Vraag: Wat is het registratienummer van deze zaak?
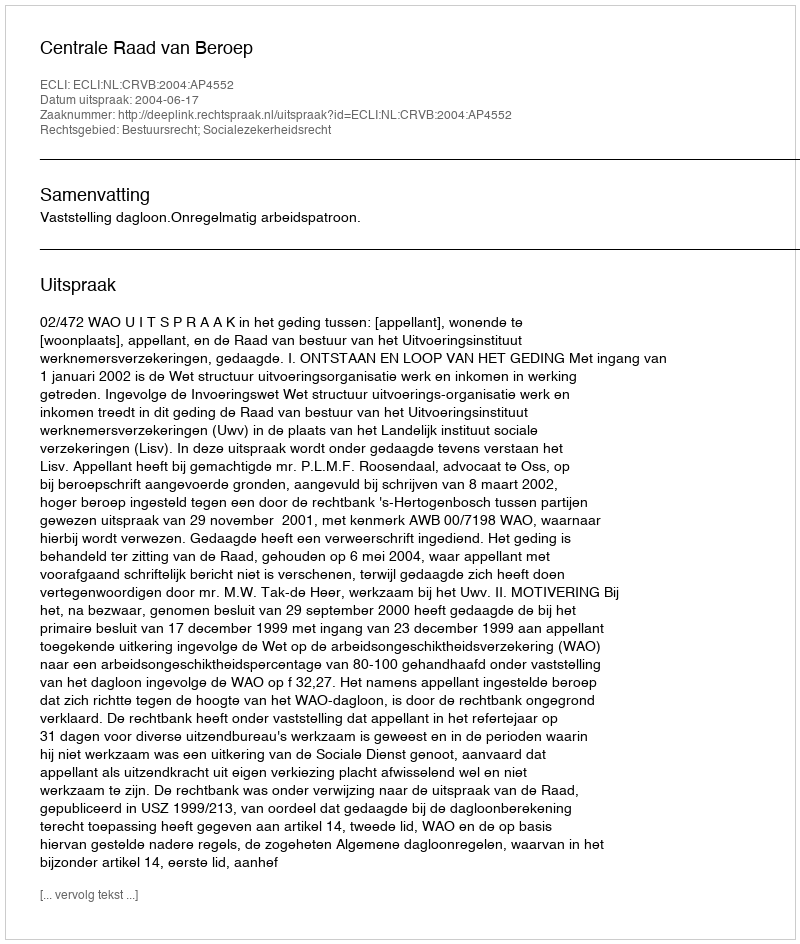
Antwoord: http://deeplink.rechtspraak.nl/uitspraak?id=ECLI:NL:CRVB:2004:AP4552